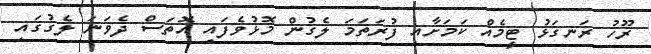
ރޫހު ރަނގަޅު ޓީމެއް ކަމަށާއި ފުރަތަަމަ ލެގުން މޮޅުވެފައި އޮތަސް ދެވަނަ ލެގުގައި